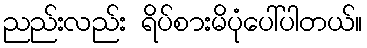
ညည်းလည်း ရိပ်စားမိပုံပေါ်ပါတယ်။